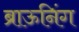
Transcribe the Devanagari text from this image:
ब्राऊनिंग